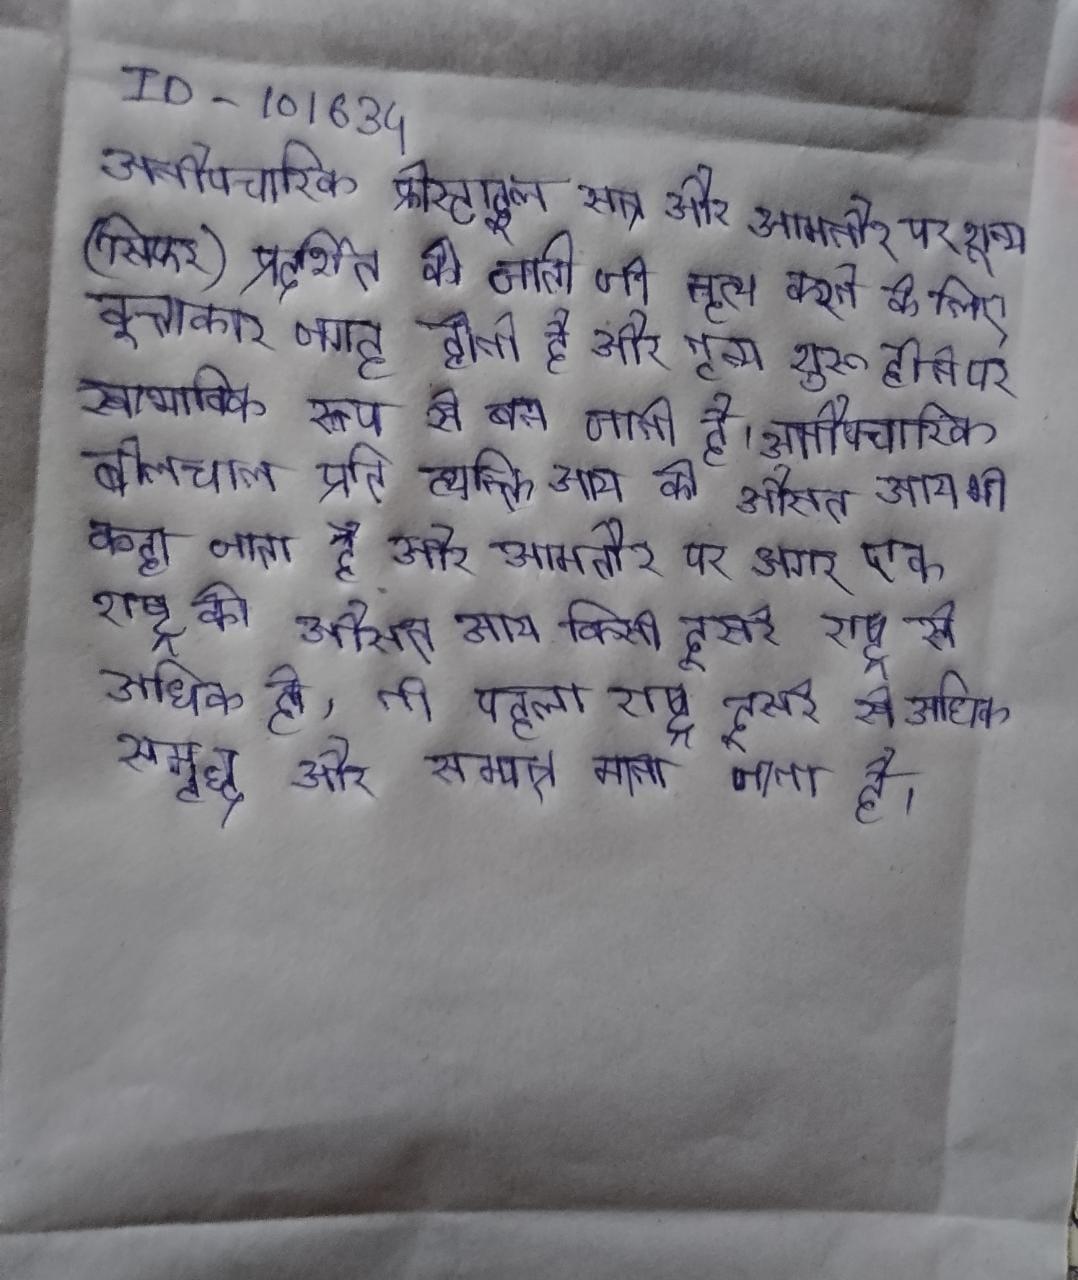
अनौपचारिक फ्रीस्टाइल सत्र और आमतौर पर शून्य (सिफर) प्रदर्शित की जाती जो नृत्य करने के लिए एक वृत्ताकार जगह होती है और नृत्य शुरू होने पर स्वाभाविक रूप से बन जाती है । अनौपचारिक बोलचाल प्रति व्यक्ति आय को औसत आय भी कहा जाता है और आमतौर पर अगर एक राष्ट्र की औसत आय किसी दूसरे राष्ट्र से अधिक हो, तो पहला राष्ट्र दूसरे से अधिक समृद्ध और सम्पन्न माना जाता है ।